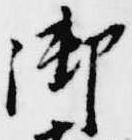
御